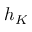
h _ { K }